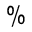
\%